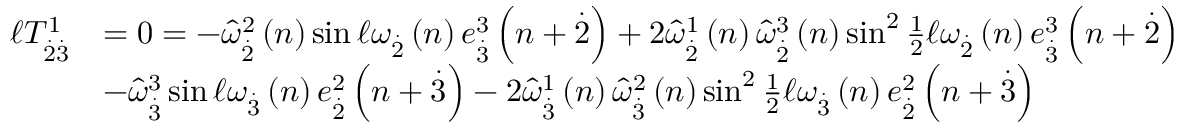
\begin{array} { r l } { \mathcal { \ell } T _ { \overset { . } { 2 } \overset { . } { 3 } } ^ { 1 } } & { = 0 = - \widehat { \omega } _ { \overset { . } { 2 } } ^ { 2 } \left( n \right) \sin \mathcal { \ell } \omega _ { \overset { . } { 2 } } \left( n \right) e _ { \overset { . } { 3 } } ^ { 3 } \left( n + \overset { . } { 2 } \right) + 2 \widehat { \omega } _ { \overset { . } { 2 } } ^ { 1 } \left( n \right) \widehat { \omega } _ { \overset { . } { 2 } } ^ { 3 } \left( n \right) \sin ^ { 2 } \frac { 1 } { 2 } \mathcal { \ell } \omega _ { \overset { . } { 2 } } \left( n \right) e _ { \overset { . } { 3 } } ^ { 3 } \left( n + \overset { . } { 2 } \right) } \\ & { - \widehat { \omega } _ { \overset { . } { 3 } } ^ { 3 } \sin \mathcal { \ell } \omega _ { \overset { . } { 3 } } \left( n \right) e _ { \overset { . } { 2 } } ^ { 2 } \left( n + \overset { . } { 3 } \right) - 2 \widehat { \omega } _ { \overset { . } { 3 } } ^ { 1 } \left( n \right) \widehat { \omega } _ { \overset { . } { 3 } } ^ { 2 } \left( n \right) \sin ^ { 2 } \frac { 1 } { 2 } \mathcal { \ell } \omega _ { \overset { . } { 3 } } \left( n \right) e _ { \overset { . } { 2 } } ^ { 2 } \left( n + \overset { . } { 3 } \right) } \end{array}